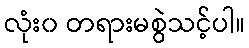
လုံး၀ တရားမစွဲသင့်ပါ။